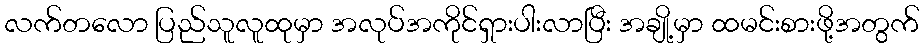
လက်တလော ပြည်သူလူထုမှာ အလုပ်အကိုင်ရှားပါးလာပြီး အချို့မှာ ထမင်းစားဖို့အတွက်